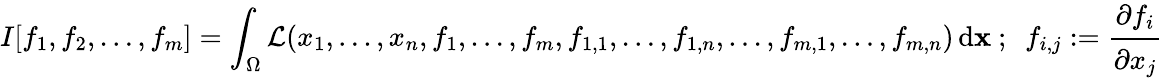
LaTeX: I[f_{1},f_{2},\dots,f_{m}]=\int_{\Omega}{\mathcal{L}}(x_{1},\dots,x_{n},f_{1},\dots,f_{m},f_{1,1},\dots,f_{1,n},\dots,f_{m,1},\dots,f_{m,n})\, \mathrm{d}\mathbf{x}\, \! ~;~~f_{i,j}:={\cfrac{\partial f_{i}}{\partial x_{j}}}